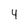
Character: 4